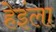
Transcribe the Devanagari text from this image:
हेइंला